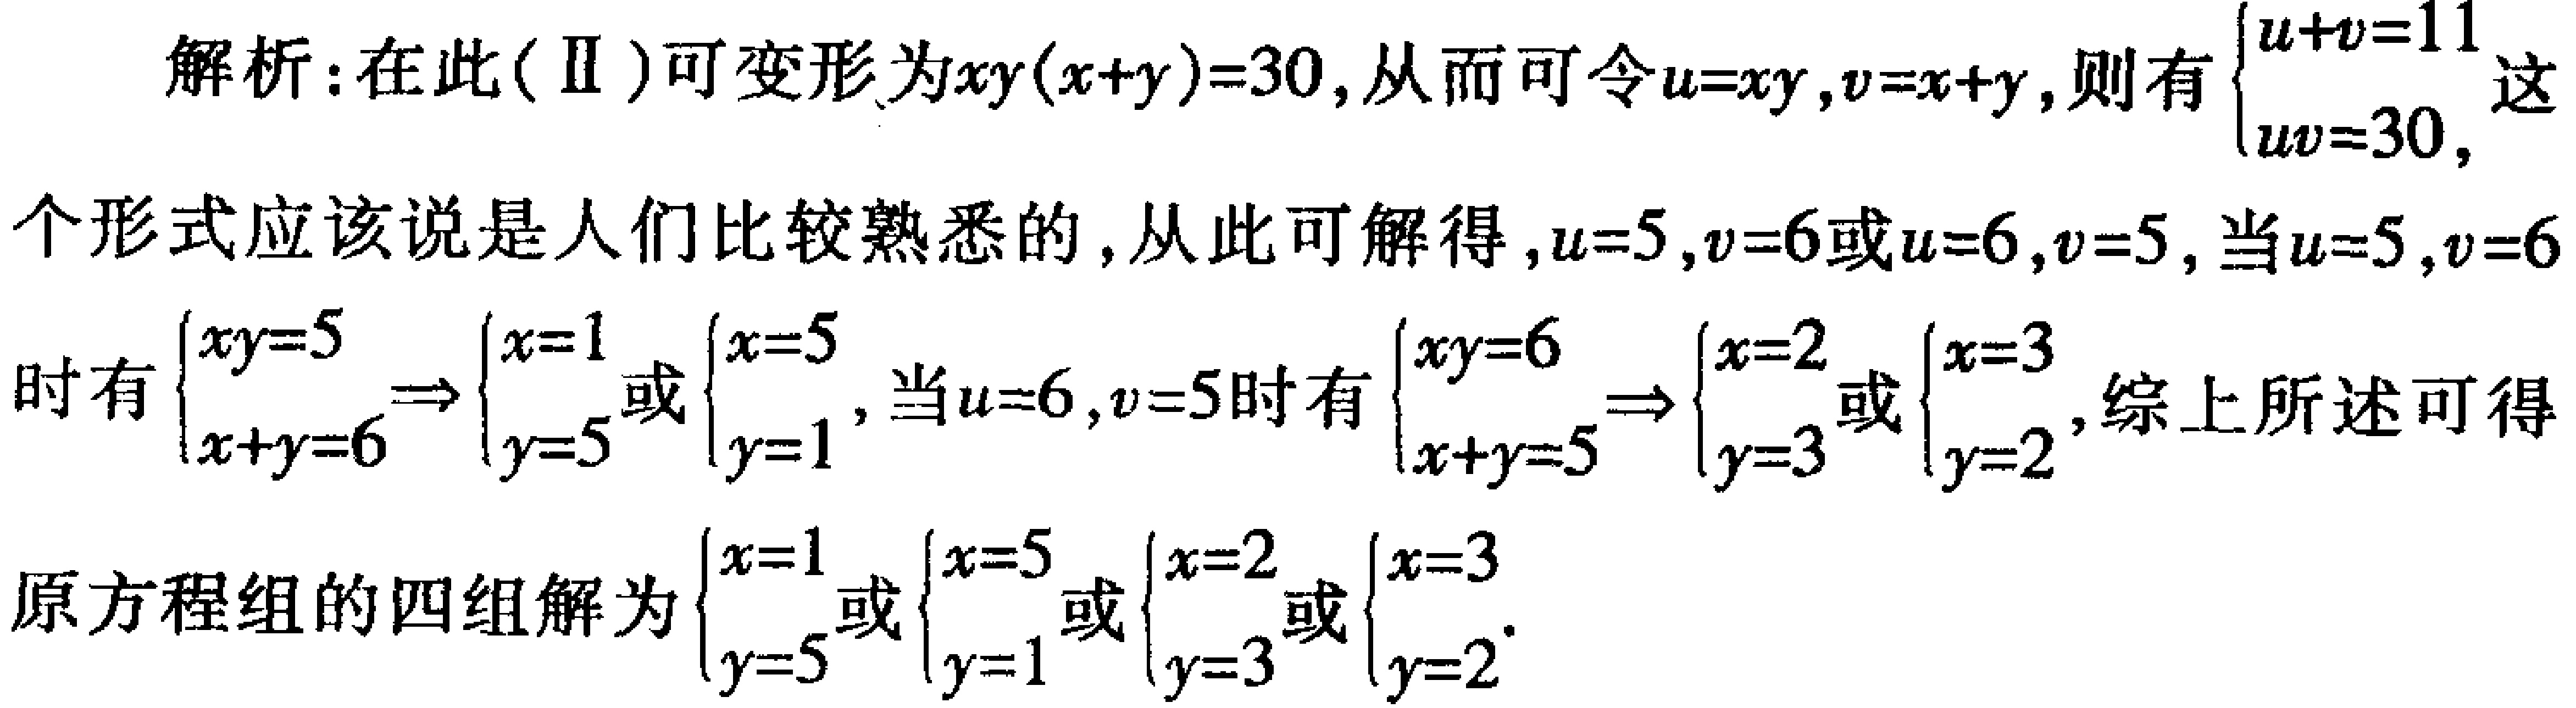
解析：在此(Ⅱ)可变形为\(xy(x + y)=30\)，从而可令\(u = xy\)，\(v = x + y\)，则有\(\begin{cases}u + v = 11\\uv = 30\end{cases}\)这个形式应该说是人们比较熟悉的，从此可解得，\(u = 5\)，\(v = 6\)或\(u = 6\)，\(v = 5\)，当\(u = 5\)，\(v = 6\)时有\(\begin{cases}xy = 5\\x + y = 6\end{cases}\Rightarrow\begin{cases}x = 1\\y = 5\end{cases}\)或\(\begin{cases}x = 5\\y = 1\end{cases}\)，当\(u = 6\)，\(v = 5\)时有\(\begin{cases}xy = 6\\x + y = 5\end{cases}\Rightarrow\begin{cases}x = 2\\y = 3\end{cases}\)或\(\begin{cases}x = 3\\y = 2\end{cases}\)，综上所述可得原方程组的四组解为\(\begin{cases}x = 1\\y = 5\end{cases}\)或\(\begin{cases}x = 5\\y = 1\end{cases}\)或\(\begin{cases}x = 2\\y = 3\end{cases}\)或\(\begin{cases}x = 3\\y = 2\end{cases}\)。